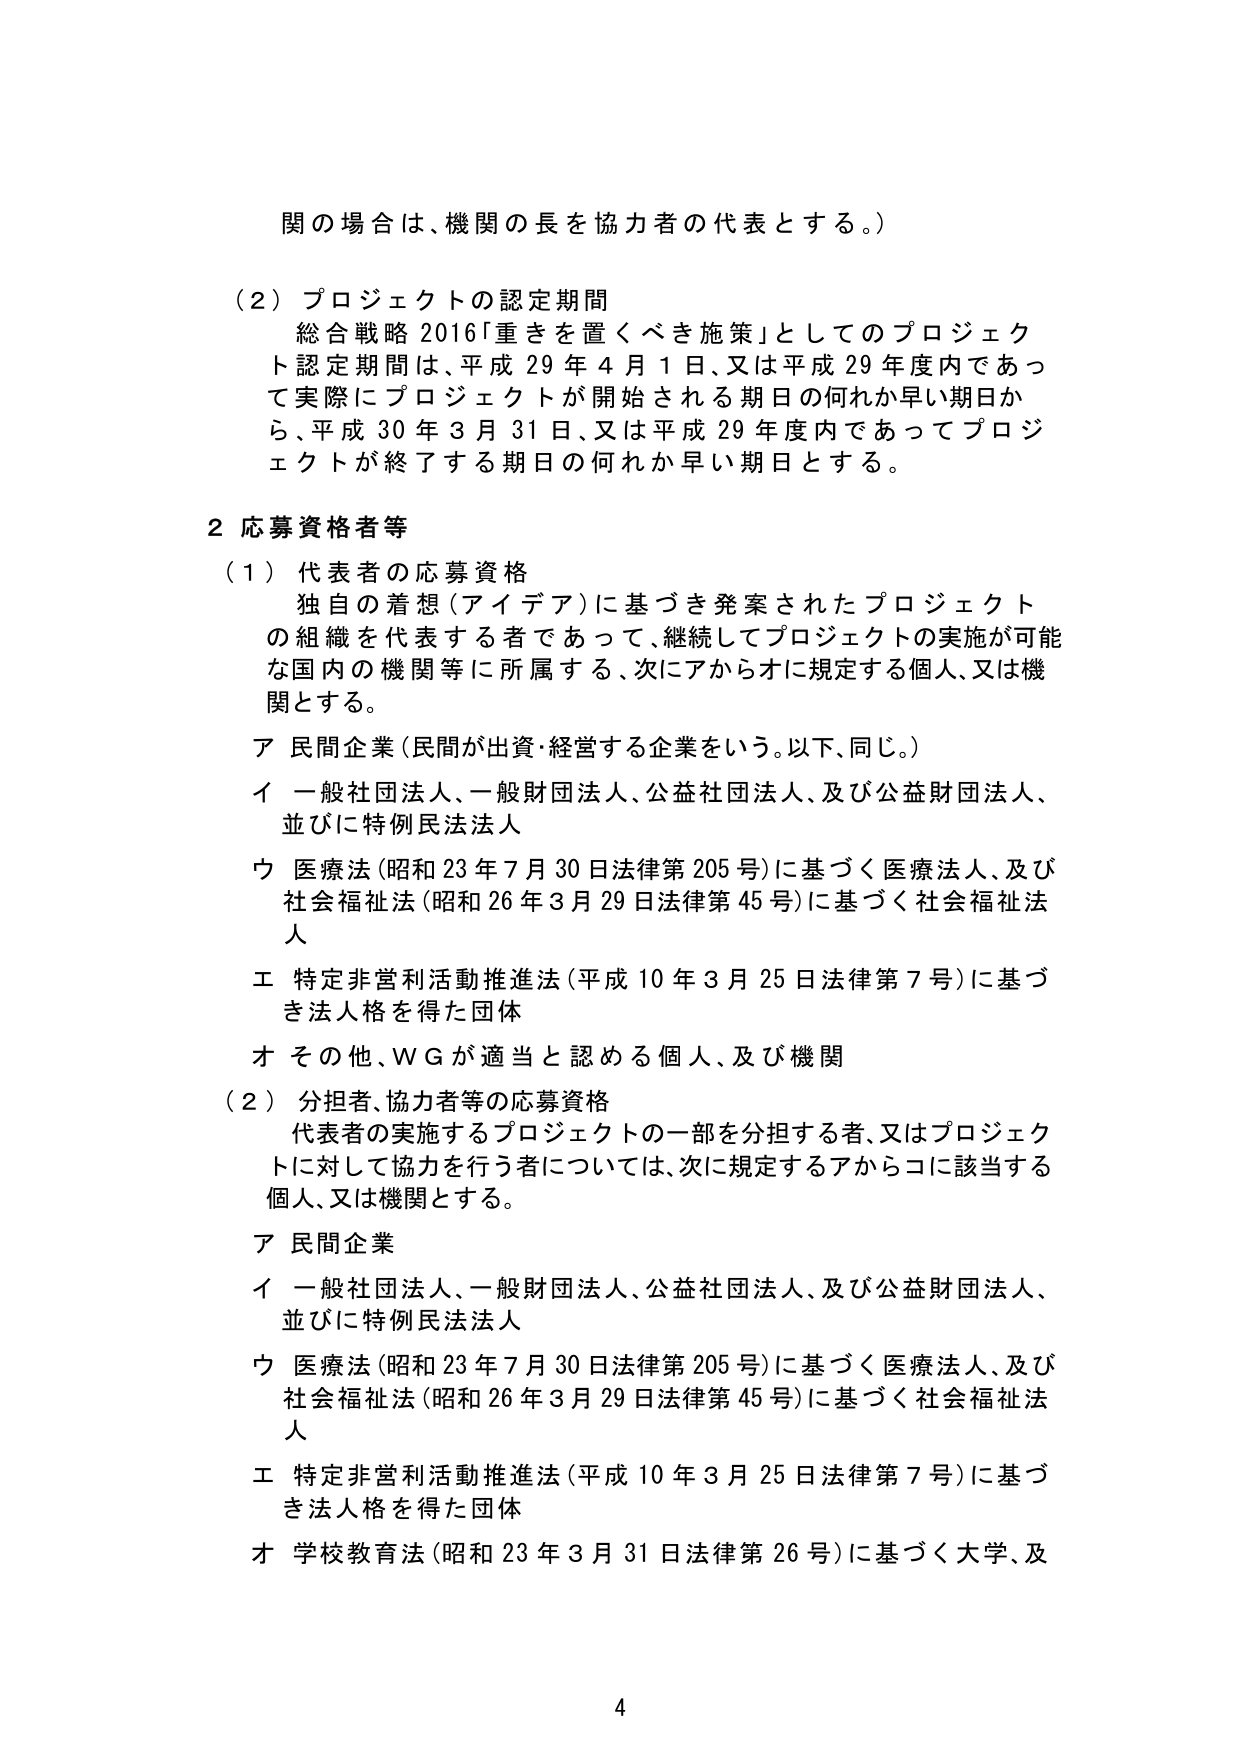
関の場合は、機関の長を協力者の代表とする。）

（２）プロジェクトの認定期間
　総合戦略2016「重きを置くべき施策」としてのプロジェクト認定期間は、平成29年4月1日、又は平成29年度内であって実際にプロジェクトが開始される期日の何れか早い期日から、平成30年3月31日、又は平成29年度内であってプロジェクトが終了する期日の何れか早い期日とする。

２ 応募資格者等
（１）代表者の応募資格
　独自の着想（アイデア）に基づき発案されたプロジェクトの組織を代表する者であって、継続してプロジェクトの実施が可能な国内の機関等に所属する、次にアからオに規定する個人、又は機関とする。
　ア 民間企業（民間が出資・経営する企業をいう。以下、同じ。）
　イ 一般社団法人、一般財団法人、公益社団法人、及び公益財団法人、並びに特例民法法人
　ウ 医療法（昭和23年7月30日法律第205号）に基づく医療法人、及び社会福祉法（昭和26年3月29日法律第45号）に基づく社会福祉法人
　エ 特定非営利活動推進法（平成10年3月25日法律第7号）に基づき法人格を得た団体
　オ その他、ＷＧが適当と認める個人、及び機関
（２）分担者、協力者等の応募資格
　代表者の実施するプロジェクトの一部を分担する者、又はプロジェクトに対して協力を行う者については、次に規定するアからコに該当する個人、又は機関とする。
　ア 民間企業
　イ 一般社団法人、一般財団法人、公益社団法人、及び公益財団法人、並びに特例民法法人
　ウ 医療法（昭和23年7月30日法律第205号）に基づく医療法人、及び社会福祉法（昭和26年3月29日法律第45号）に基づく社会福祉法人
　エ 特定非営利活動推進法（平成10年3月25日法律第7号）に基づき法人格を得た団体
　オ 学校教育法（昭和23年3月31日法律第26号）に基づく大学、及

4